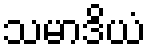
သမာဒိယံ